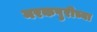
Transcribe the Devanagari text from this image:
नरकपुरीच्या